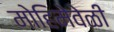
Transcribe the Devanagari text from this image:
मोहिमेवेळी